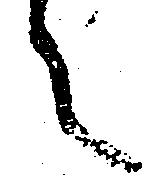
々